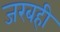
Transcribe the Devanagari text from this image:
जरबही